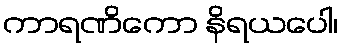
ကာရဏိကော နိရယပေါ၊